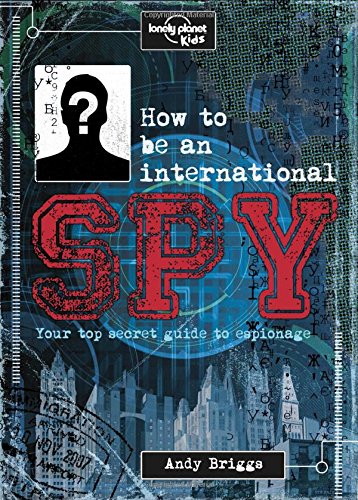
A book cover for How to be an International Spy: Your Training Manual, Should You Choose to Accept it (Lonely Planet Kids); Lonely Planet Kids; Children's Books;